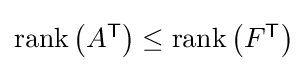
{\textstyle \operatorname {rank} \left(A^{\textsf {T}}\right)\leq \operatorname {rank} \left(F^{\textsf {T}}\right)}